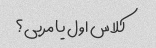
کلاس اول یا مربی؟